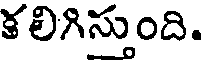
కలిగిస్తుంది.